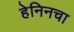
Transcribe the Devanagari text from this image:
हेनिनचा